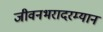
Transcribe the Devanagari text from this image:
जीवनभरादरम्यान